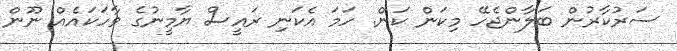
ސަރުކާރުން ބަލާންޖެހޭ މިކަން ކަން. ހަމަ އެކަނި ރައީސް ޔާމީނުގެ ވާހަކައެއް ނޫން